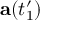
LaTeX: \mathbf { a } ( t _ { 1 } ^ { \prime } )